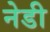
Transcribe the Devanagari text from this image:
नेडी